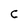
Character: C